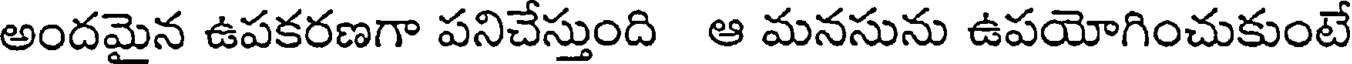
అందమైన ఉపకరణగా పనిచేస్తుంది ఆ మనసును ఉపయోగించుకుంటే